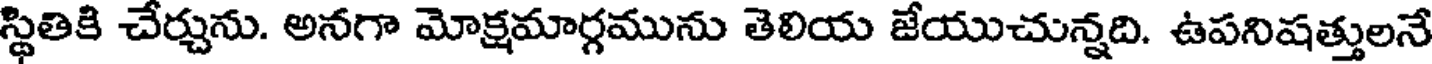
స్థితికి చేర్చును. అనగా మోక్షమార్గమును తెలియ జేయుచున్నది. ఉపనిషత్తులనే